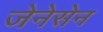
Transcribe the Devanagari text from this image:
जेनेसेन